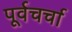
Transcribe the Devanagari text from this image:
पूर्वचर्चा